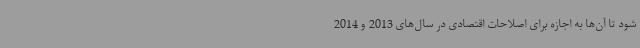
شود تا آن‌ها به اجازه برای اصلاحات اقتصادی در سال‌های 2013 و 2014